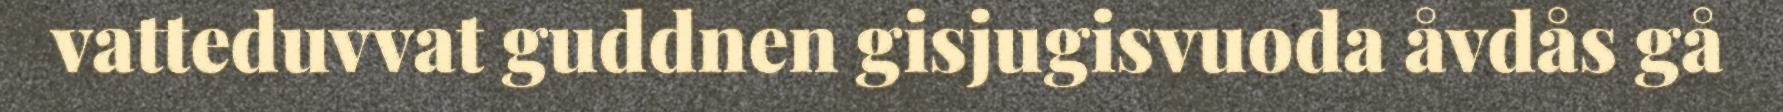
vatteduvvat guddnen gisjugisvuoda åvdås gå